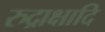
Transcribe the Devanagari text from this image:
रुद्राक्षादि